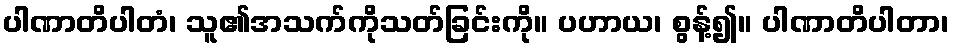
ပါဏာတိပါတံ၊ သူ၏အသက်ကိုသတ်ခြင်းကို။ ပဟာယ၊ စွန့်၍။ ပါဏာတိပါတာ၊